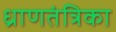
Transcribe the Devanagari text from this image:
ध्राणतंत्रिका